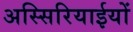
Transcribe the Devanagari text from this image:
अस्सिरियाईयों